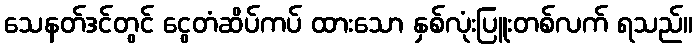
သေနတ်ဒင်တွင် ငွေတံဆိပ်ကပ် ထားသော နှစ်လုံးပြူးတစ်လက် ရသည်။